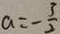
a = - \frac { 3 } { 2 }